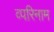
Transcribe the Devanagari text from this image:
व्परिनाम